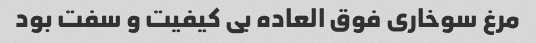
مرغ سوخاری فوق العاده بی کیفیت و سفت بود